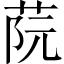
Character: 𦰟